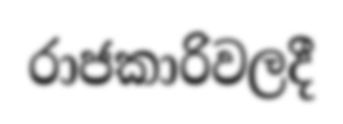
රාජකාරිවලදී